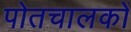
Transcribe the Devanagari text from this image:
पोतचालकों